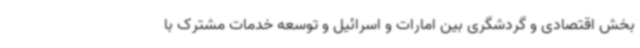
بخش اقتصادی و گردشگری بین امارات و اسرائیل و توسعه خدمات مشترک با